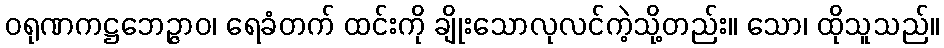
ဝရုဏကဋ္ဌဘေဉ္ဇာဝ၊ ရေခံတက် ထင်းကို ချိုးသောလုလင်ကဲ့သို့တည်း။ သော၊ ထိုသူသည်။